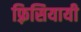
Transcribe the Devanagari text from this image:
फ़्रिसियायी